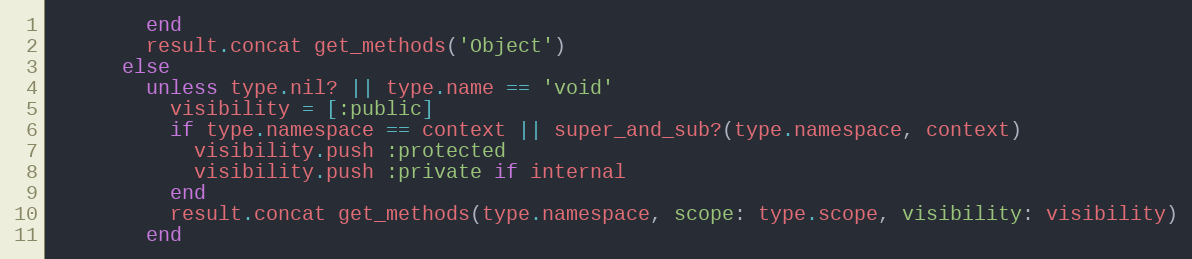
Language: Ruby
        end
        result.concat get_methods('Object')
      else
        unless type.nil? || type.name == 'void'
          visibility = [:public]
          if type.namespace == context || super_and_sub?(type.namespace, context)
            visibility.push :protected
            visibility.push :private if internal
          end
          result.concat get_methods(type.namespace, scope: type.scope, visibility: visibility)
        end